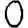
Digit: 0